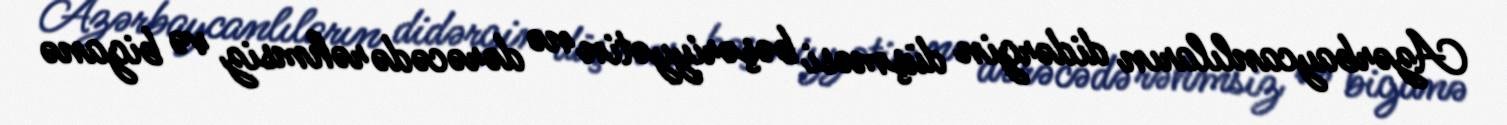
Azərbaycanlıların didərgin düşməsi bəşəriyyətin nə dərəcədə rəhmsiz və biganə